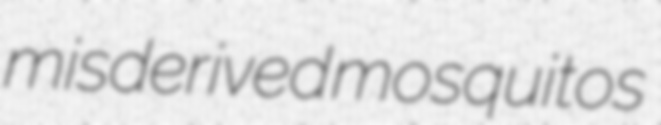
misderived mosquitos